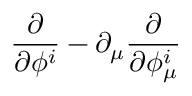
\frac { \partial } { \partial \phi ^ { i } } - \partial _ { \mu } \frac { \partial } { \partial \phi _ { \mu } ^ { i } }